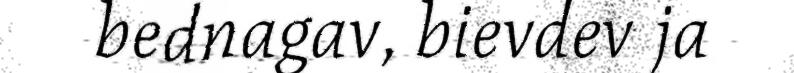
bednagav, bievdev ja